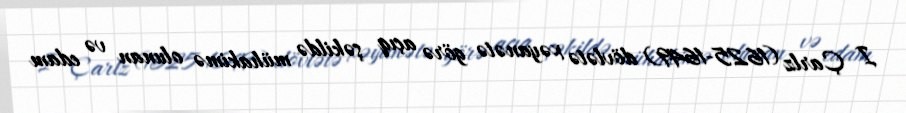
I Çarlz (1625-1649) dövlətə xəyanətə görə açıq şəkildə mühakimə olunan və edam